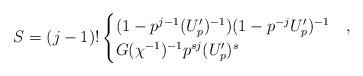
LaTeX: \begin{align*} S = (j-1)! \begin{cases} (1 - p^{j-1} (U_p')^{-1})(1 - p^{-j} U_p')^{-1} & ,\\ G(\chi^{-1})^{-1} p^{sj}(U_p')^s & \end{cases} \end{align*}